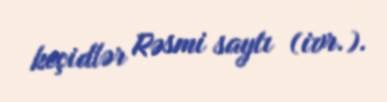
keçidlər Rəsmi saytı (ivr.).